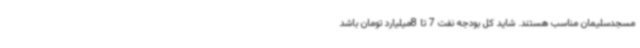
‌مسجدسلیمان مناسب هستند. شاید کل بودجه نفت 7 تا 8میلیارد تومان باشد